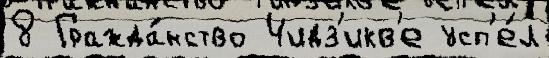
8 Гражда́нство Чидз'икв'е усп'е́л